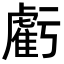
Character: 虧